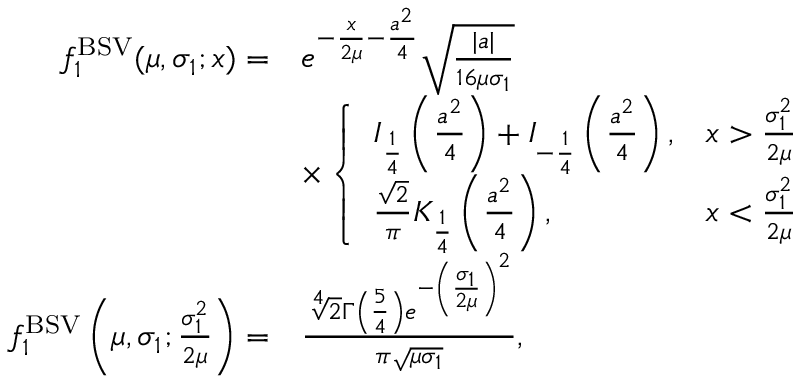
\begin{array} { r l } { f _ { 1 } ^ { \mathrm { B S V } } ( \mu , \sigma _ { 1 } ; x ) = } & { e ^ { - \frac { x } { 2 \mu } - \frac { a ^ { 2 } } 4 } \sqrt { \frac { | a | } { 1 6 \mu \sigma _ { 1 } } } } \\ & { \times \left\{ \begin{array} { l l } { I _ { \frac { 1 } { 4 } } \left( \frac { a ^ { 2 } } { 4 } \right) + I _ { - \frac { 1 } { 4 } } \left( \frac { a ^ { 2 } } { 4 } \right) , } & { x > \frac { \sigma _ { 1 } ^ { 2 } } { 2 \mu } } \\ { \frac { \sqrt 2 } { \pi } K _ { \frac { 1 } { 4 } } \left( \frac { a ^ { 2 } } { 4 } \right) , } & { x < \frac { \sigma _ { 1 } ^ { 2 } } { 2 \mu } } \end{array} \right. } \\ { f _ { 1 } ^ { \mathrm { B S V } } \left( \mu , \sigma _ { 1 } ; \frac { \sigma _ { 1 } ^ { 2 } } { 2 \mu } \right) = } & { \frac { \sqrt [ 4 ] { 2 } \Gamma \left( \frac { 5 } { 4 } \right) e ^ { - \left( \frac { \sigma _ { 1 } } { 2 \mu } \right) ^ { 2 } } } { \pi \sqrt { \mu \sigma _ { 1 } } } , } \end{array}